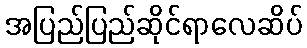
အပြည်ပြည်ဆိုင်ရာလေဆိပ်